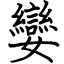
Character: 孌